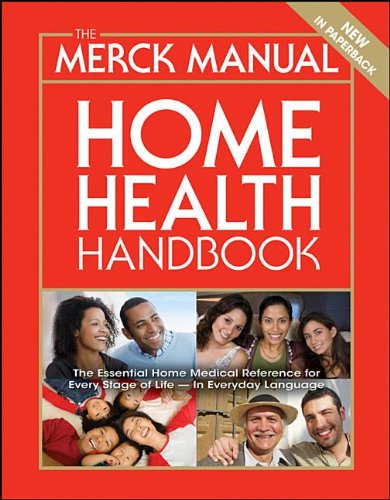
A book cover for The Merck Manual Home Health Handbook; Merck; Health, Fitness & Dieting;